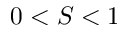
0 < S < 1